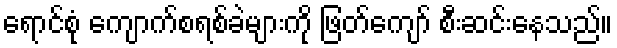
ရောင်စုံ ကျောက်စရစ်ခဲများကို ဖြတ်ကျော် စီးဆင်းနေသည်။